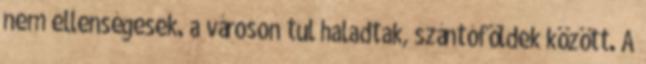
nem ellenségesek. a városon tul haladtak, szántóföldek között. A